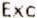
EXC